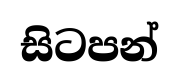
සිටපන්